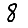
Digit: 8